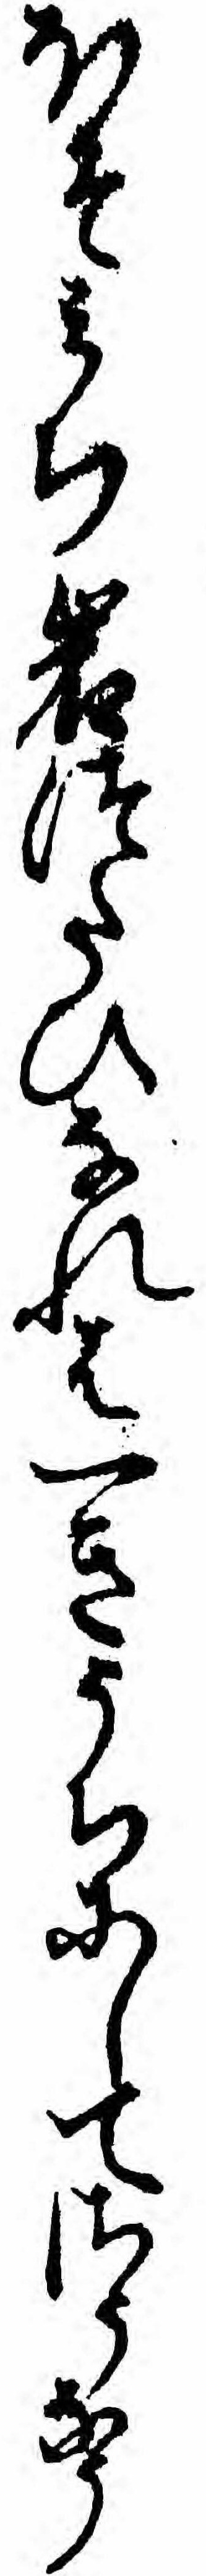
ほそミち岩つたひなれは一きうちにしてさうなう